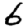
Digit: 6